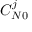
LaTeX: C _ { N 0 } ^ { j }